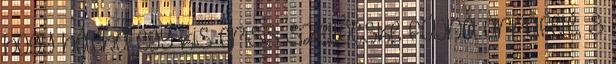
hogy hátha egy kis friss szellőcske fújna arrafelé, s